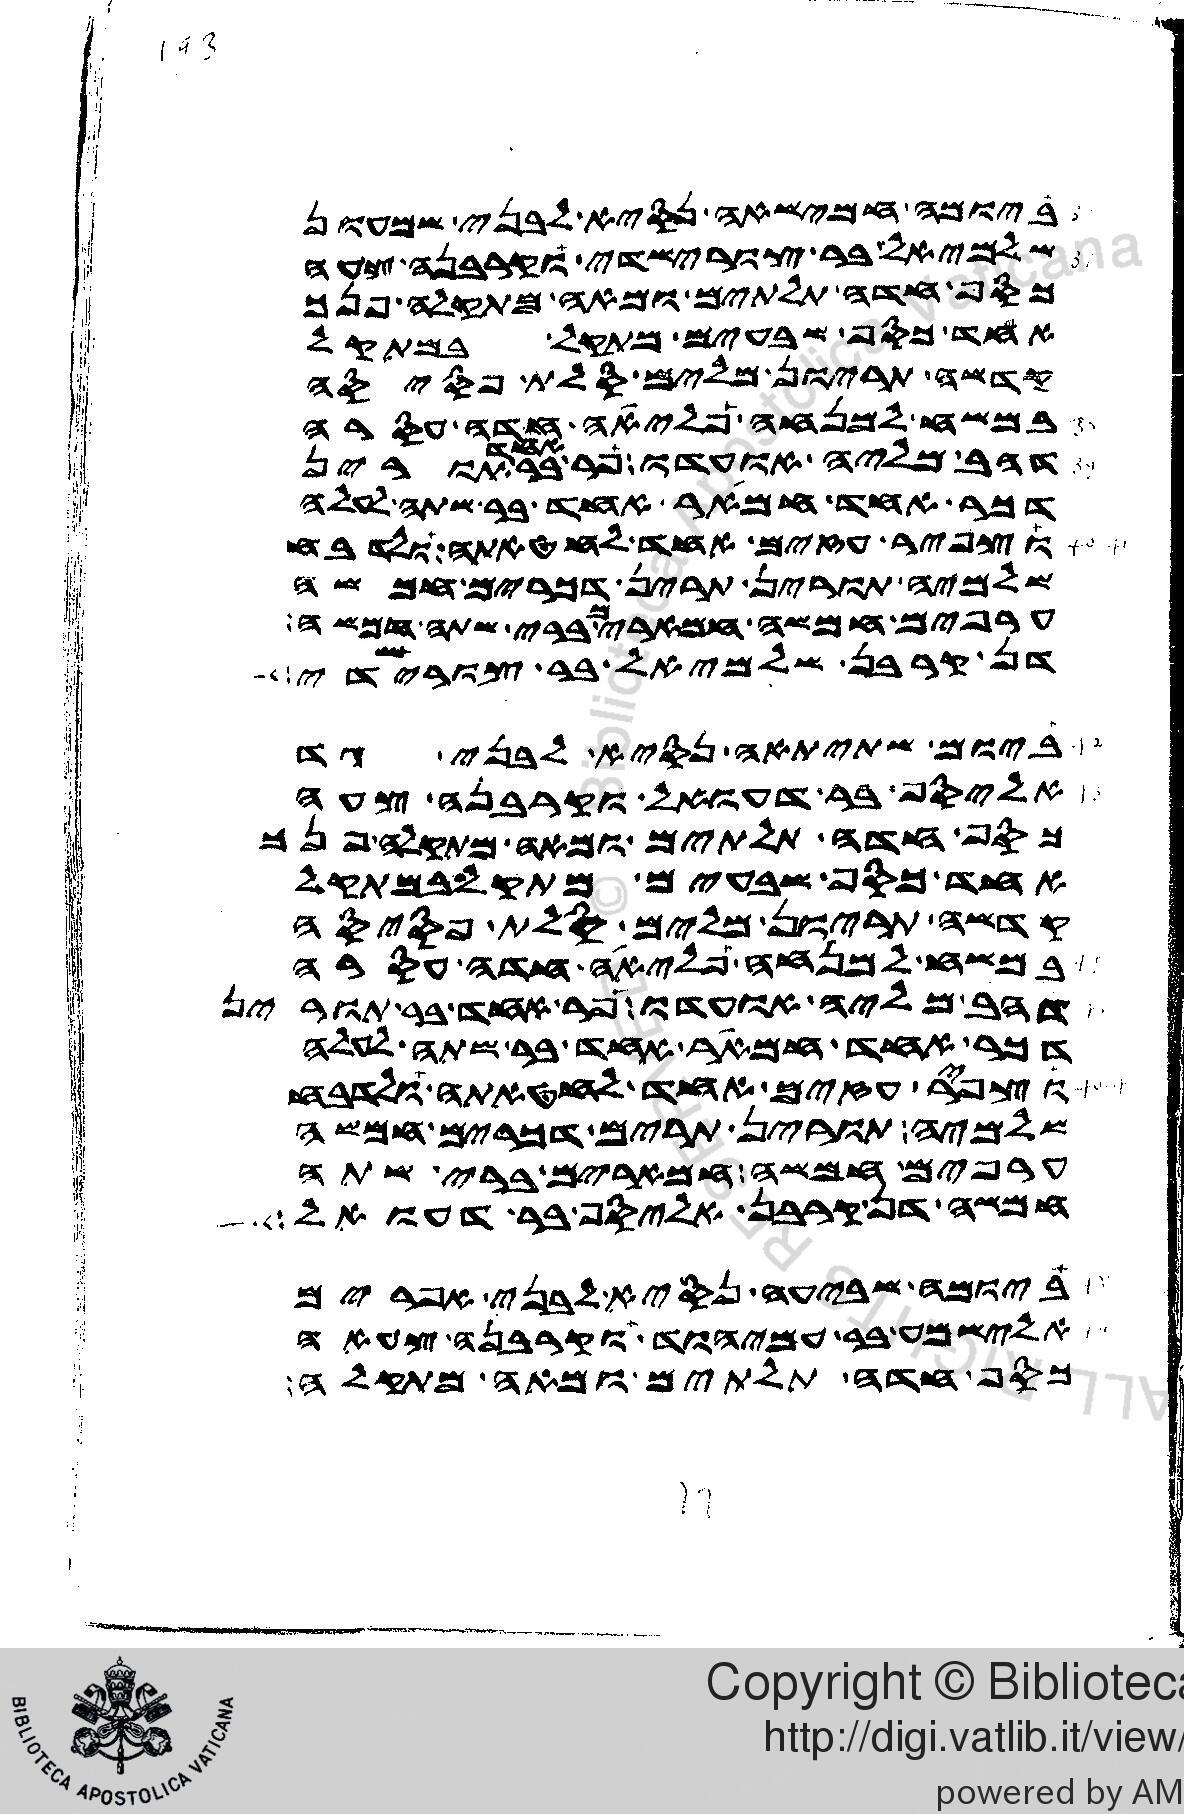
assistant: ביומה חמישאה נסיא לבני שמעון
שלמיאל בן צורישדי וקרבנה צעה
כסף חדה תלתים ומאה מתקלה פנך
אחד כסף שבעים מתקל במתקל
קדשה תריון מלים סלת פסיסה
במשח למנחה פליאה חדה עסרה
דהב מליה אועדו פר אחד בר תורין
דכר אחד חמאר אחד בר שתה לעלה
וצפיר עזים אחד לחטאתה ולדבח
שלמיה תורין תרין דכרים חמשה
ערפים חמשה חמארים ברי שתה חמשה
דן קרבן שלמיאל בר צורישדי
ביומה שתיתאה נסיא לבני גד
אליסף בר דעואל וקרבנה צעה
כסף חדה תלתים ומאה מתקלה פנך
אחד כסף שבעים מתקל במתקל
קדשה תריון מלים סלת פסיסה
במשח למנחה פליאה חדה עסרה
דהב מליה אועדו פר אחד בר תורין
דכר אחד חמאר אחד בר שתה לעלה
וצפיר עזים אחד לחטאתה ולדבח
שלמיה תורין תרים דכרים חמשה
ערפים חמשה חמארים ברי שתה
חמשה דן קרבן אליסף בר דעואל
ביומה שביעה נסיא לבני אפרים
אלישמע בר עמיהוד וקרבנה צעאה
כסף חדה תלתים ומאה מתקלה